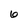
Character: 6